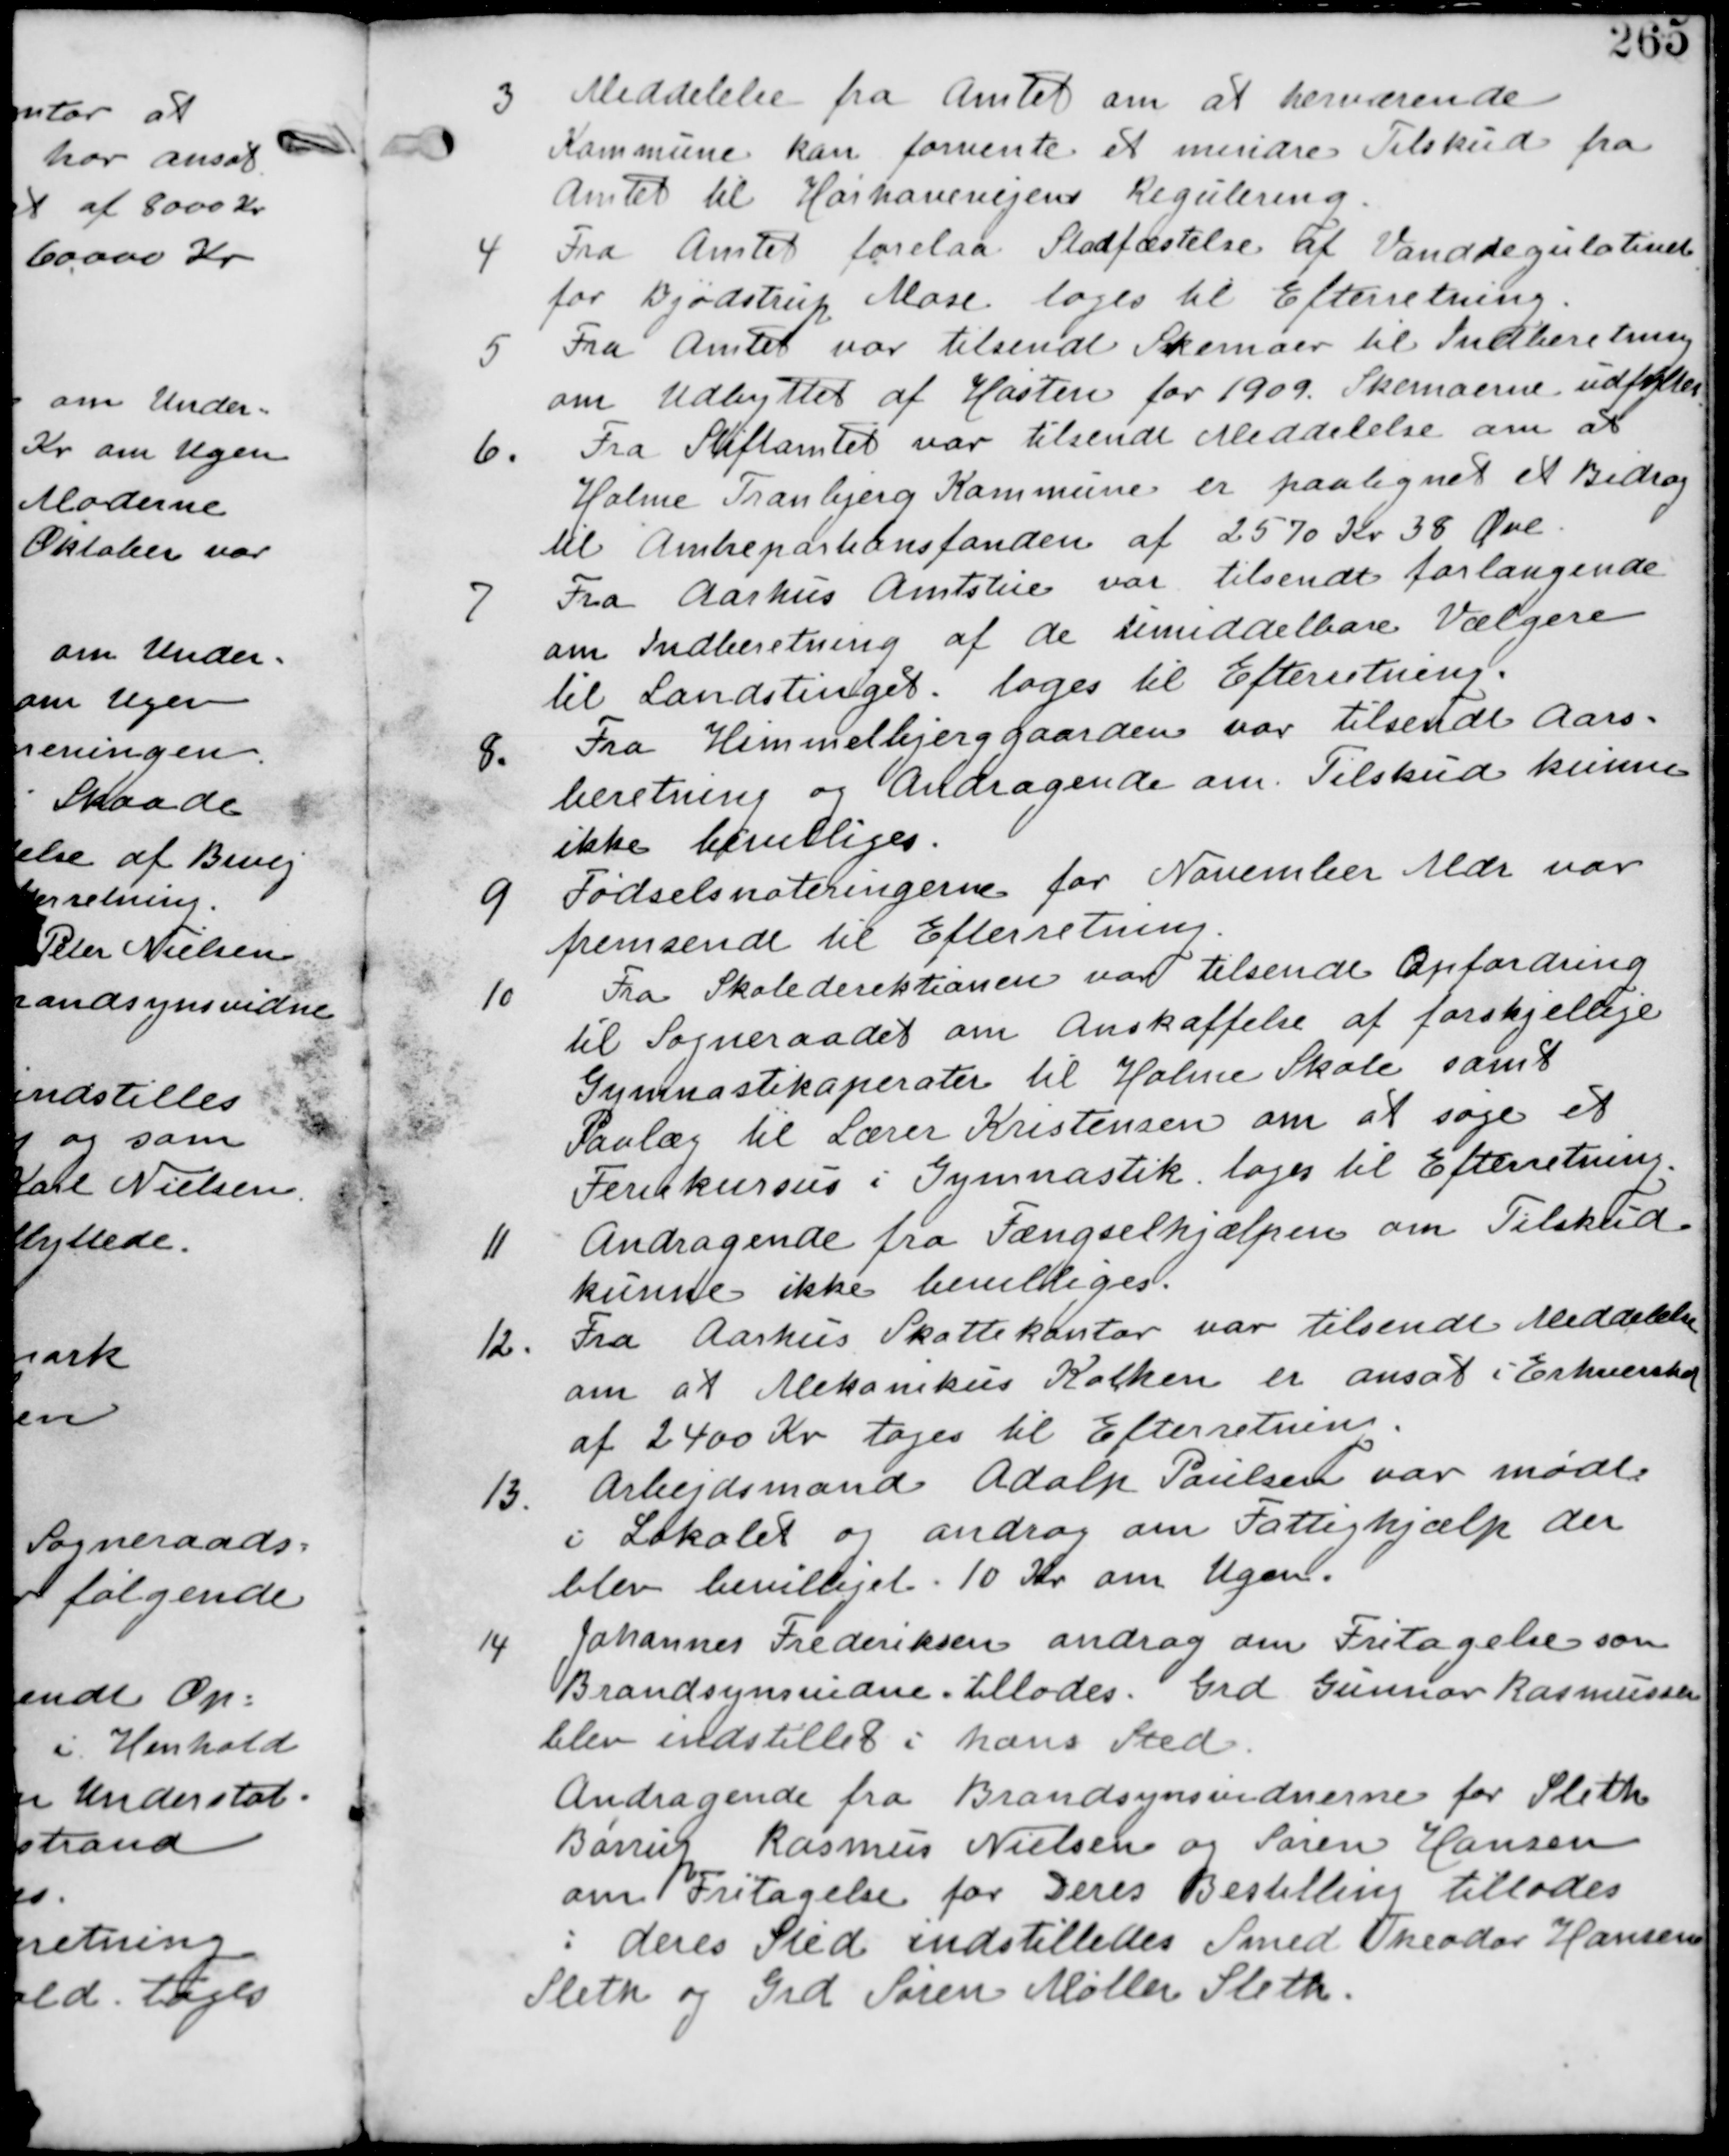
Transskription:
3. Meddelelse fra Amtet om at herværende
Kommune kan forvente et mindre Tilskud fra
Amtet til Hørhavevejens Regulering.

4 Fra Amtet forelaa Stadfæstelse til Vandregulativet
for Bjødstrup Mose. tages til Efterretning.

5 Fra Amtet var tilsendt Skemaer til Indberetning
om Udbyttet af Høsten for 1909. Skemaerne udfyldes.

6. Fra Stiftamtet var tilsendt Meddelelse om at
Holme Tranbjerg Kommune er paategnet et Bidrag
til Amtrepartionsfonden af 2570 Kr 38 Øre

7.
Fra Aarhus Amtstue var tilsendt forlangende
om Indberetning af de umiddelbare Vælgere
til Landstinget. tages til Efterretning.

8. Fra Himmelbjerggaarden var tilsendt Aars-
beretning og Andragende om Tilskud kunne
ikke bevilliges.

9 Fødselsnoteringerne for November Mdr var
fremsendt til Efterretning.

10
Fra Skoledirektionen var tilsendt Opfordring
til Sogneraadet om Anskaffelse af Forskjellige
Gymnastikapparater til Holme Skole samt
Paalæg til Lærer Kristensen om at søge et
Feriekursus i Gymnastik. tages til Efterretning.

11
Andragende fra Fængselshjælpen om Tilskud.
kunne ikke bevilliges.

12. Fra Aarhus Skattekontor var tilsendt Meddelelse
om at Mekanikus Kolken er ansat i Erhvervskat
af 2400 Kr tages til Efterretning

13.
Arbejdsmand Adolph Paulsen var mødt
i Lokalet og androg om Fattighjælp der
blev bevilliget 10 Kr om Ugen.

14 Johannes Frederiksen androg om Fritagelse som
Brandsynsvidne. tillades. Grd Gunnar Rasmussen
blev indstillet i hans Sted.
Andragende fra Brandsynsvidnerne for Sleth
Børrup Rasmus Nielsen og Søren Hansen
om Fritagelse for Deres Bestilling tillades
i deres sted Indstilles Smed Theodor Hansen
Sleth og Grd Søren Møller Sleth.